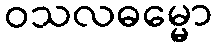
ဝသလဓမ္မော